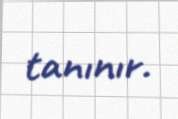
tanınır.